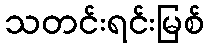
သတင်းရင်းမြစ်